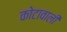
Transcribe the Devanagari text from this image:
कोटावाली